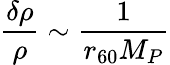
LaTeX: {\frac{\delta\rho}{\rho}}\sim{\frac{1}{r_{60}M_{P}}}